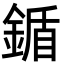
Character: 鍎